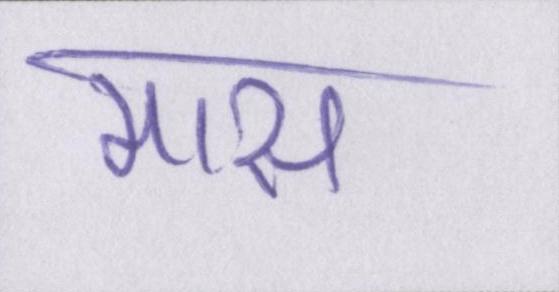
मास